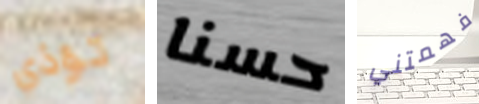
تؤذي حسنا فهمتني